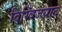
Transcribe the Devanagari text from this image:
दिग्विजयात